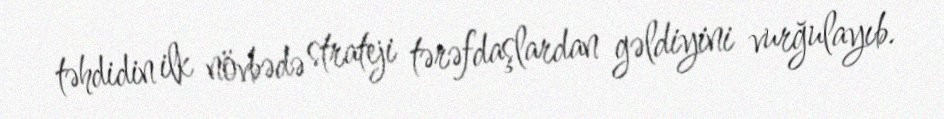
təhdidin ilk növbədə strateji tərəfdaşlardan gəldiyini vurğulayıb.